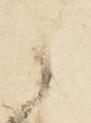
候